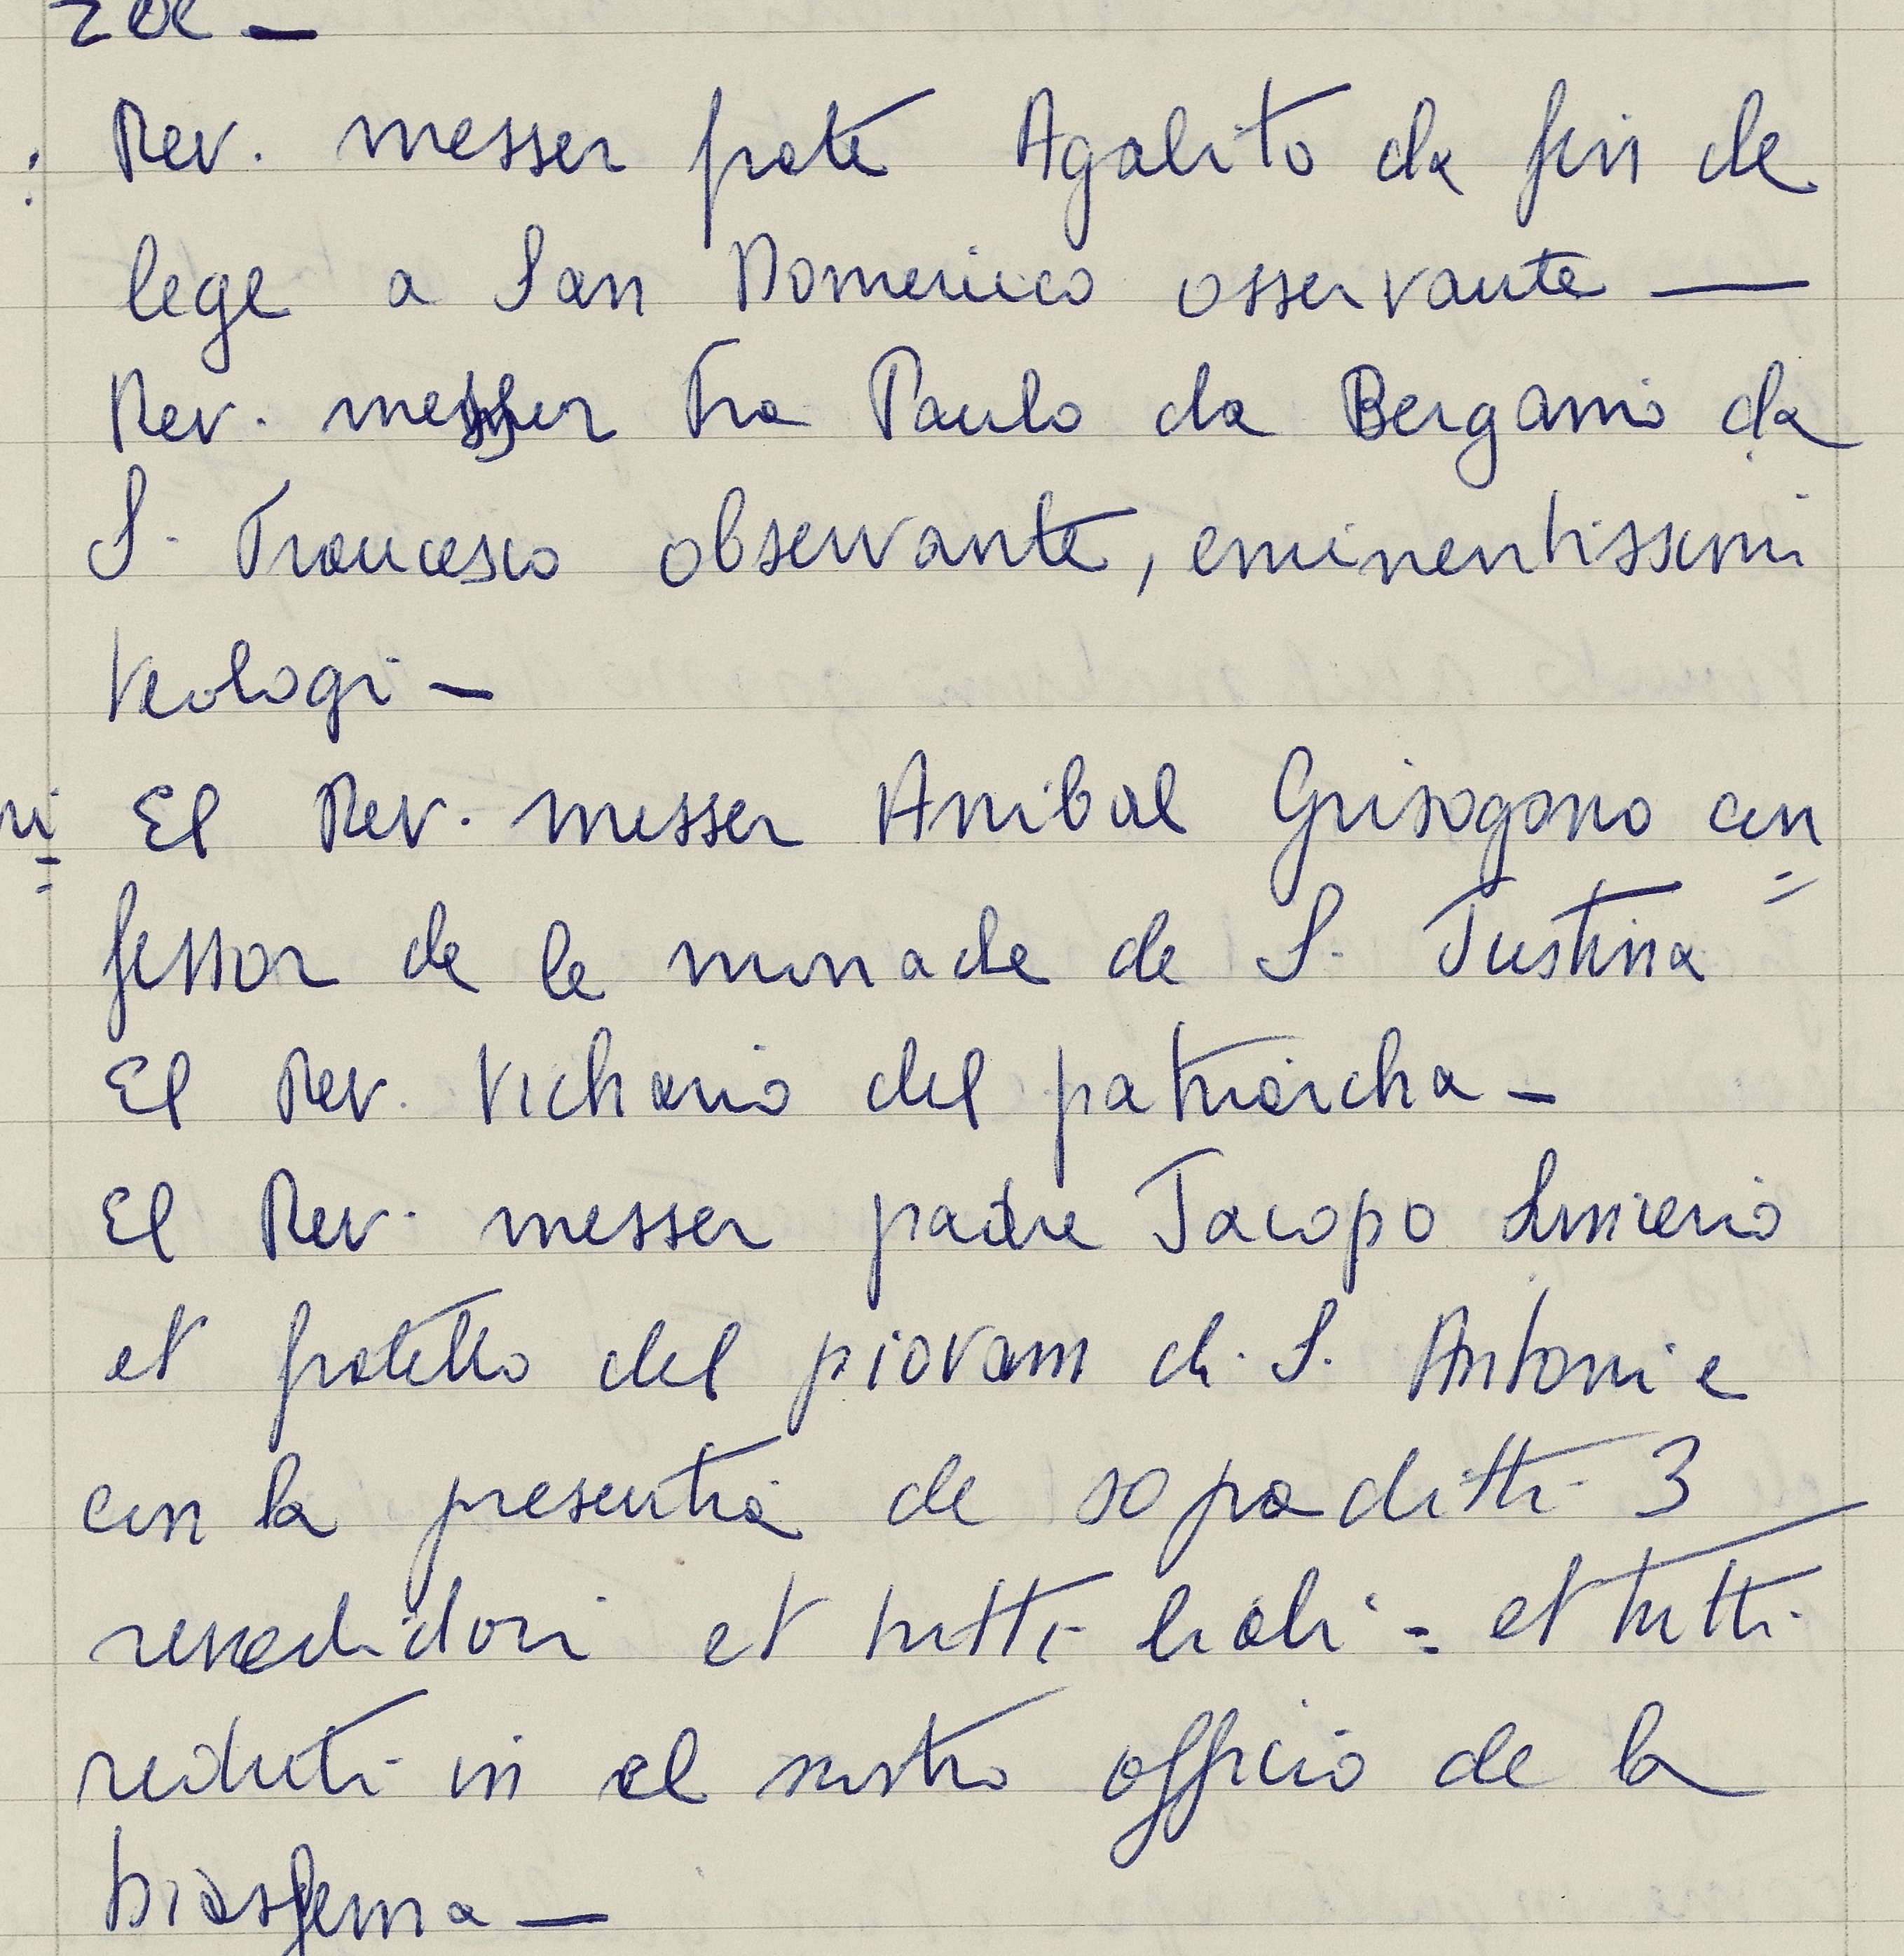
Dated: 1553–1555